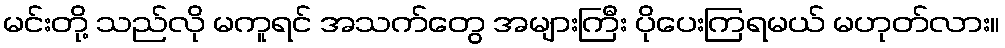
မင်းတို့ သည်လို မကူရင် အသက်တွေ အများကြီး ပိုပေးကြရမယ် မဟုတ်လား။